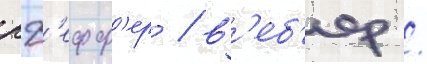
пф'ефф'ер / в'еб'ер /